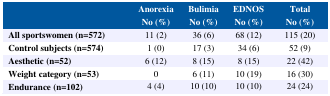
<table><thead><tr><td></td><td><b>Anorexia No (%)</b></td><td><b>Bulimia No (%)</b></td><td><b>EDNOS No (%)</b></td><td><b>Total No (%)</b></td></tr></thead><tbody><tr><td><b>All sportswomen (n=572)</b></td><td>11 (2)</td><td>36 (6)</td><td>68 (12)</td><td>115 (20)</td></tr><tr><td><b>Control subjects (n=574)</b></td><td>1 (0)</td><td>17 (3)</td><td>34 (6)</td><td>52 (9)</td></tr><tr><td><b>Aesthetic (n=52)</b></td><td>6 (12)</td><td>8 (15)</td><td>8 (15)</td><td>22 (42)</td></tr><tr><td><b>Weight category (n=53)</b></td><td>0</td><td>6 (11)</td><td>10 (19)</td><td>16 (30)</td></tr><tr><td><b>Endurance (n=102)</b></td><td>4 (4)</td><td>10 (10)</td><td>10 (10)</td><td>24 (24)</td></tr></tbody></table>